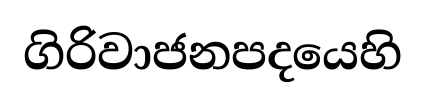
ගිරිවාජනපදයෙහි